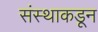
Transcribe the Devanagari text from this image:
संस्थाकडून